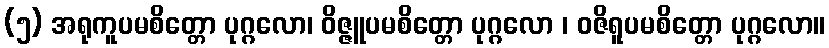
(၅) အရုကူပမစိတ္တော ပုဂ္ဂလော၊ ဝိဇ္ဇူပမစိတ္တော ပုဂ္ဂလော ၊ ဝဇိရူပမစိတ္တော ပုဂ္ဂလော။